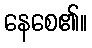
နေစေ၏။